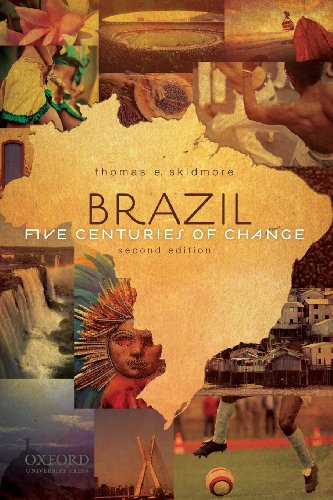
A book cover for Brazil: Five Centuries of Change, 2nd Edition (Latin American Histories); Thomas E. Skidmore; History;